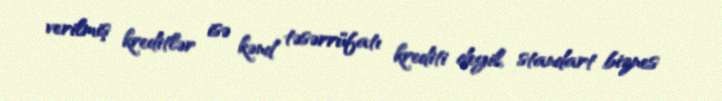
verilmiş kreditlər isə kənd təsərrüfatı krediti deyil, standart biznes